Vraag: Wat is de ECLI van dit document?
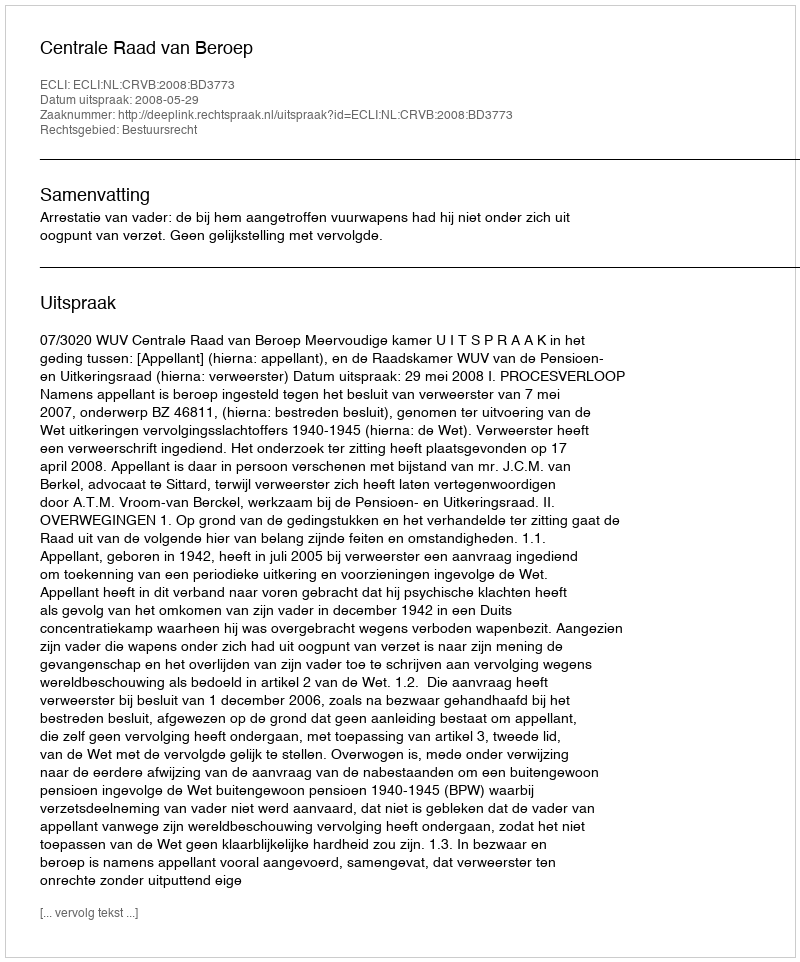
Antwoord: ECLI:NL:CRVB:2008:BD3773